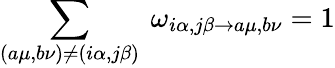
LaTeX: \sum_{(a\mu,b\nu)\neq(i\alpha,j\beta)}\ \omega_{i\alpha,j\beta\rightarrow a\mu,b\nu}=1